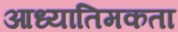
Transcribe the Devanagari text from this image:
आध्यातिमकता